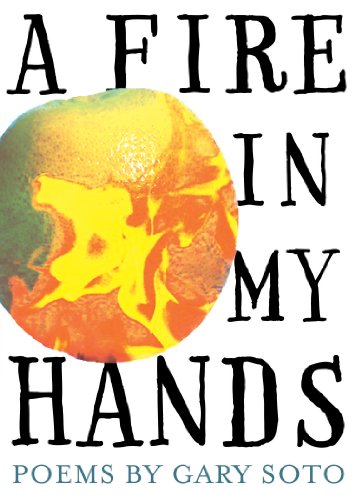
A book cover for A Fire in My Hands: Revised and Expanded Edition; Gary Soto; Teen & Young Adult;